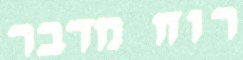
רוח מדבר